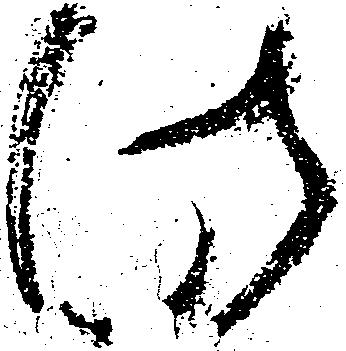
此